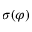
\sigma ( \varphi )